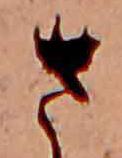
さ